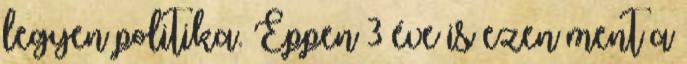
legyen politika. Éppen 3 éve is ezen ment a